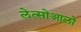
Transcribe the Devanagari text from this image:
लेत्सोआलो